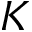
K